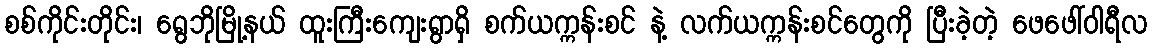
စစ်ကိုင်းတိုင်း၊ ရွေဘိုမြို့နယ် ထူးကြီးကျေးရွာရှိ စက်ယက္ကန်းစင် နဲ့ လက်ယက္ကန်းစင်တွေကို ပြီးခဲ့တဲ့ ဖေဖေါ်ဝါရီလ